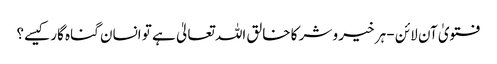
فتویٰ آن لائن - ہر خیر و شر کا خالق اللہ تعالیٰ ہے تو انسان گناہ گار کیسے؟